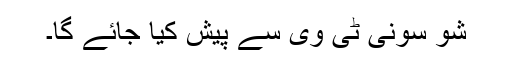
شو سونی ٹی وی سے پیش کیا جائے گا۔